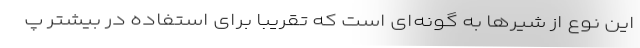
این نوع از شیرها به گونه‌ای است که تقریبا برای استفاده در بیشتر پ